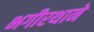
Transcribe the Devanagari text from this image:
भगीरथाने